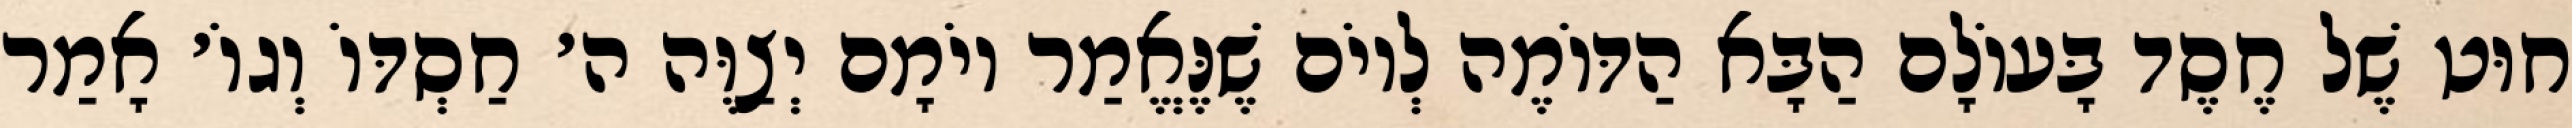
חוּט שֶׁל חֶסֶד בָּעוֹלָם הַבָּא הַדּוֹמֶה לְיוֹם שֶׁנֶּאֱמַר יוֹמָם יְצַוֶּה ה׳ חַסְדּוֹ וְגוֹ׳ אָמַר